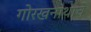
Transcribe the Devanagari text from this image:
गोरखनाथाचे